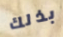
بذلك